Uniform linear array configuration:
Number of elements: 8
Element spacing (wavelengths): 0.75
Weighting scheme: hamming
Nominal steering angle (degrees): -30
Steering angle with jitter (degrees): -29.826
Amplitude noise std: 0.05
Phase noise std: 0.05

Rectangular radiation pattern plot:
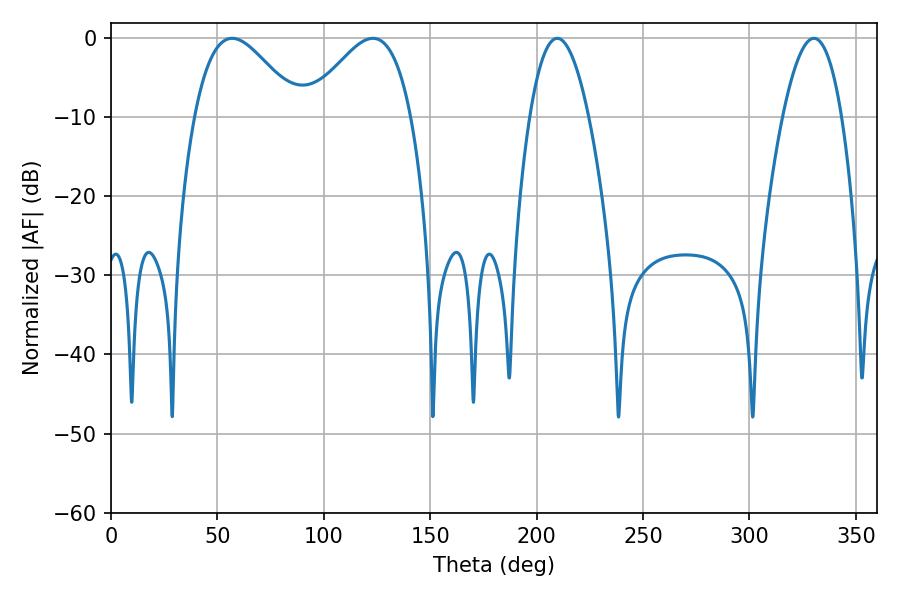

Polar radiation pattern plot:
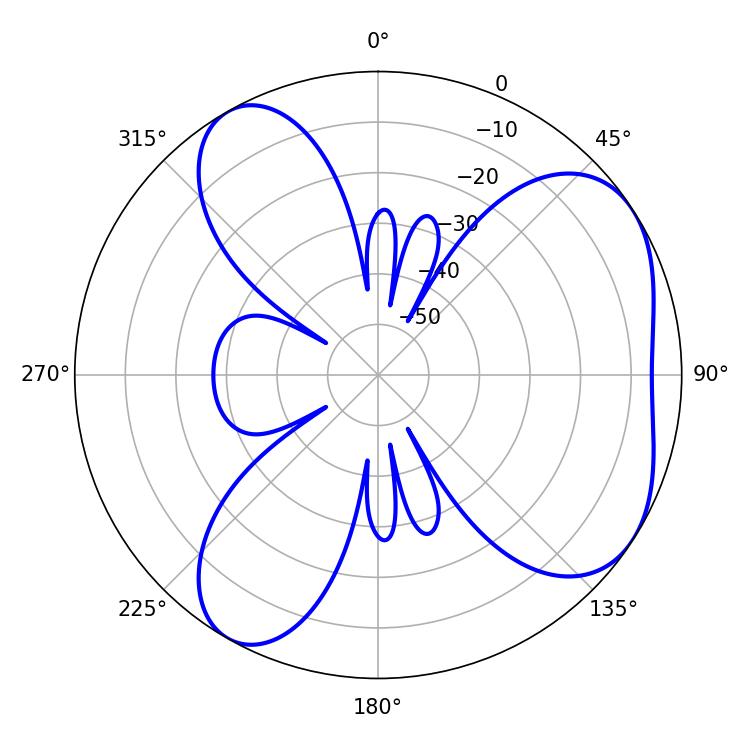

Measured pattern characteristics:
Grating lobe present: TRUE
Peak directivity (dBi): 5.299
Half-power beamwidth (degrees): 15.3
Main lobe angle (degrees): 209.7